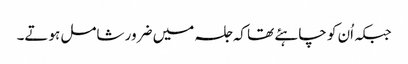
جبکہ اُن کو چاہئے تھا کہ جلسہ میں ضرور شامل ہوتے۔